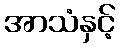
အာသံနှင့်